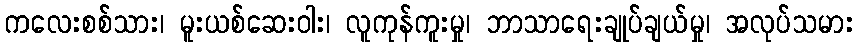
ကလေးစစ်သား၊ မူးယစ်ဆေးဝါး၊ လူကုန်ကူးမှု၊ ဘာသာရေးချုပ်ချယ်မှု၊ အလုပ်သမား